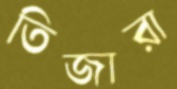
তিজারা